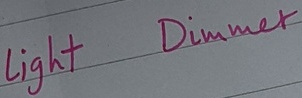
Text: Light Dimmer